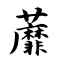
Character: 蘼